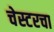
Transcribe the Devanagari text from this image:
चेस्टरचा